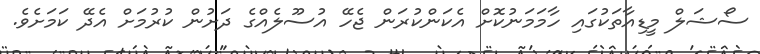
ސޯޝަލް މީޑިއާތަކުގައި ހާމަމަނުކޮށް އެކަންކުރަން ޖެހޭ އުސޫލެއްގެ ދަށުން ކުރުމަށް އެދޭ ކަމަށެވެ.